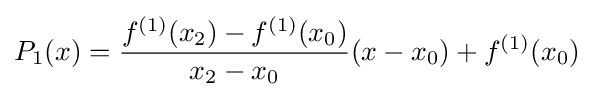
\displaystyle P_{1}(x)={\frac {f^{(1)}(x_{2})-f^{(1)}(x_{0})}{x_{2}-x_{0}}}(x-x_{0})+f^{(1)}(x_{0})